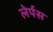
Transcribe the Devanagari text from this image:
लेर्पस